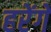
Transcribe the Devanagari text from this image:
हरेंगे